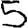
Digit: 5